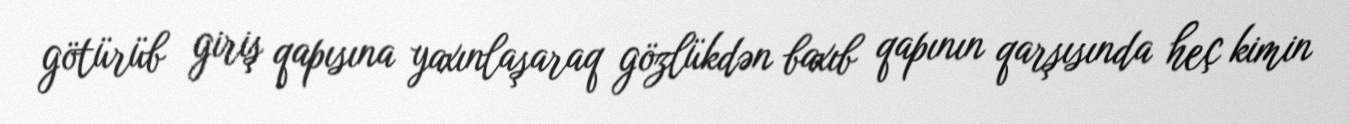
götürüb giriş qapısına yaxınlaşaraq gözlükdən baxıb qapının qarşısında heç kimin